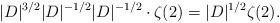
LaTeX: \begin{align*} |D|^{3/2}|D|^{-1/2}|D|^{-1/2}\cdot \zeta(2)=|D|^{1/2}\zeta(2).\end{align*}